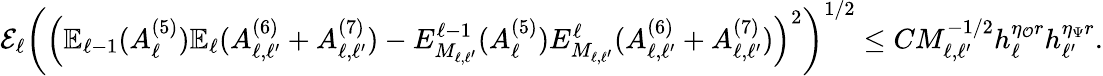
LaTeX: \begin{array}{r}{\mathcal{E}_{\ell}\left(\left(\mathbb{E}_{\ell-1}(A_{\ell}^{(5)})\mathbb{E}_{\ell}(A_{\ell,\ell^{\prime}}^{(6)}+A_{\ell,\ell^{\prime}}^{(7)})-E_{M_{\ell,\ell^{\prime}}}^{\ell-1}(A_{\ell}^{(5)})E_{M_{\ell,\ell^{\prime}}}^{\ell}(A_{\ell,\ell^{\prime}}^{(6)}+A_{\ell,\ell^{\prime}}^{(7)})\right)^{2}\right)^{1/2}\le CM_{\ell,\ell^{\prime}}^{-1/2}h_{\ell}^{\eta_{\mathcal{O}}r}h_{\ell^{\prime}}^{\eta_{\Psi}r}.}\end{array}